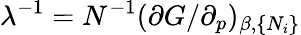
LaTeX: \lambda^{-1}=N^{-1}(\partial G/\partial_{p})_{\beta,\{ N_{i}\} }